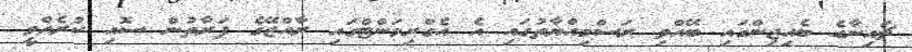
ޗައިނާގެ ބެއިޖިންގައި ބޭއްވި ރަސްމިއްޔާތުގައި އެ އެގްރިމަންޓްގައި ރާއްޖޭގެ ފަރާތުން ސޮއި ކުރެއްވީ